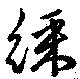
綵